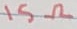
Text: 15Ω